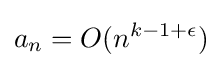
a_{n}=O(n^{k-1+\epsilon })